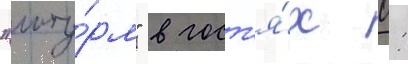
"шту́рм" в гост'я́х 0: